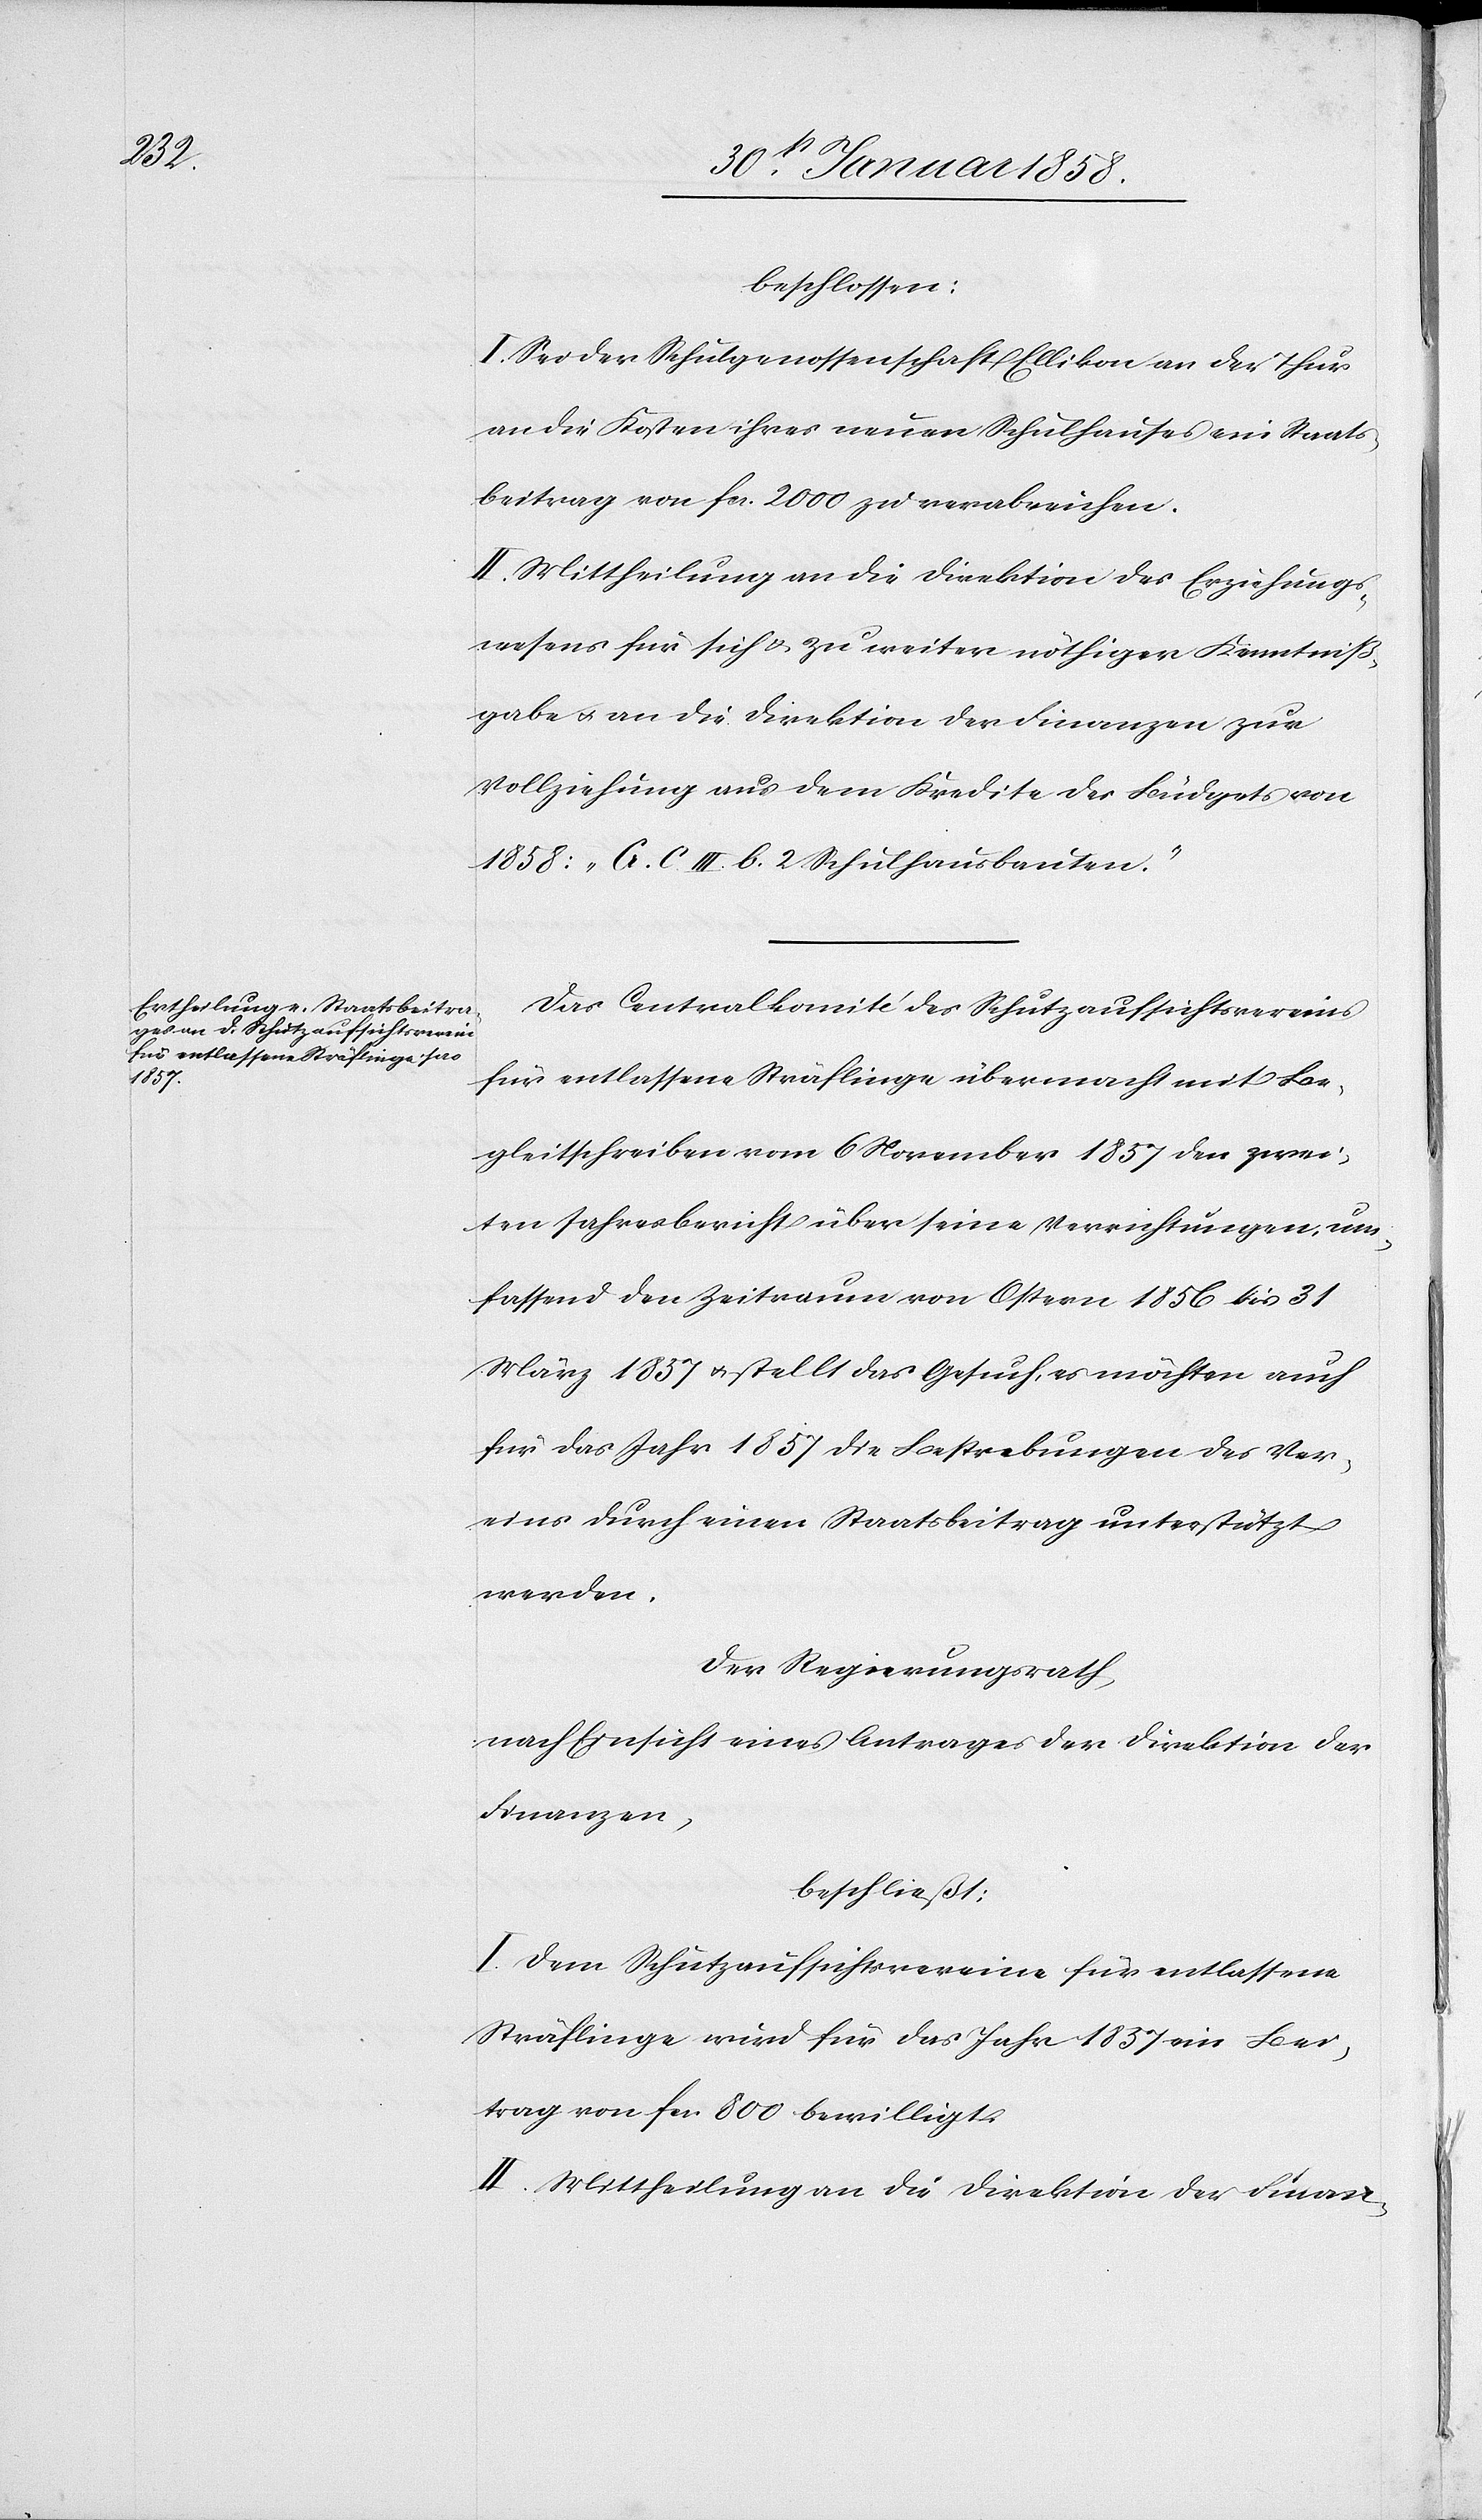
beschlossen:
I. Sei der Schulgenossenschaft Ellikon an der Thur
an die Kosten ihres neuen Schulhauses ein Staats¬
beitrag von fcs. 2000 zu verabreichen.
II. Mittheilung an die Direktion des Erziehungs¬
wesens für sich u. zu weiter nöthiger Kenntniß¬
gabe u. an die Direktion der Finanzen zur
Vollziehung aus dem Kredite des Büdgets von
1858: „G. C. III. b. 2 Schulhausbauten.“
Das Centralkomité des Schutzaufsichtsvereins
für entlassene Sträflinge übermacht mit Be¬
gleitschreiben vom 6 November 1857 den zwei¬
ten Jahresbericht über seine Verrichtungen, um¬
fassend den Zeitraum von Ostern 1856 bis 31
März 1857 u. stellt das Gesuch, es möchten auch
für das Jahr 1857 die Bestrebungen des Ver¬
eins durch einen Staatsbeitrag unterstützt
werden.
Der Regierungsrath,
nach Einsicht eines Antrages der Direktion der
Finanzen,
beschließt:
I. Dem Schutzaufsichtsvereine für entlassene
Sträflinge wird für das Jahr 1857 ein Bei¬
trag von fcs. 800 bewilligt.
II. Mittheilung an die Direktion der Finan-